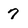
Character: 7